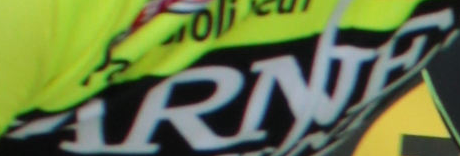
ARNE